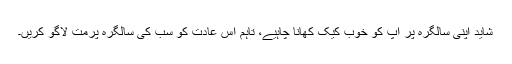
شاید اپنی سالگرہ پر آپ کو خوب کیک کھانا چاہیے، تاہم اس عادت کو سب کی سالگرہ پرمت لاگو کریں۔